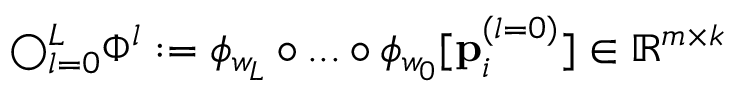
\bigcirc _ { l = 0 } ^ { L } \Phi ^ { l } : = \phi _ { w _ { L } } \circ . . . \circ \phi _ { w _ { 0 } } [ \mathbf { p } _ { i } ^ { ( l = 0 ) } ] \in \mathbb { R } ^ { m \times k }